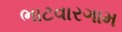
ભાટવારગામ